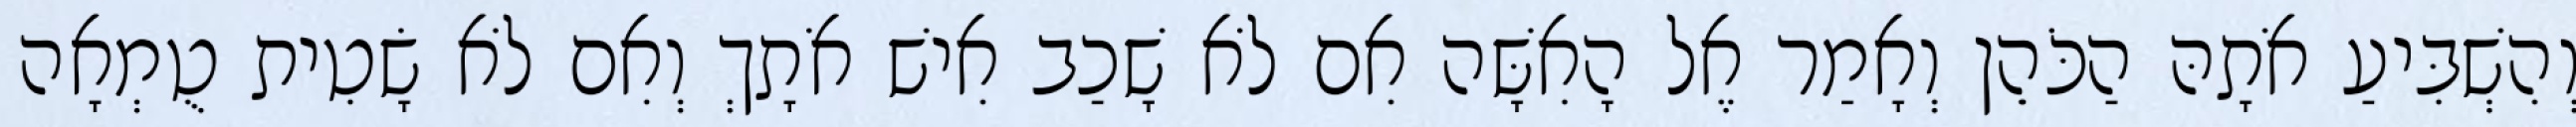
וְהִשְׁבִּיעַ אֹתָהּ הַכֹּהֵן וְאָמַר אֶל הָאִשָּׁה אִם לֹא שָׁכַב אִישׁ אֹתָךְ וְאִם לֹא שָׂטִית טֻמְאָה